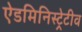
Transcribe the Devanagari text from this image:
ऐडमिनिस्ट्रेटीव